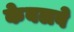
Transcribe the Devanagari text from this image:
केबलवे